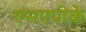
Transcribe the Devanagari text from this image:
एमएपीके